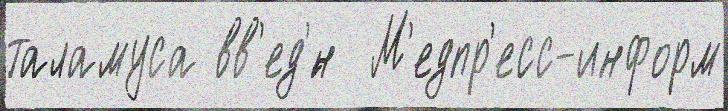
таламуса вв'ед'́н  М'едпр'есс-информ